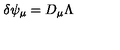
\delta \psi _ { \mu } = D _ { \mu } \Lambda